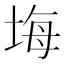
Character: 㙁